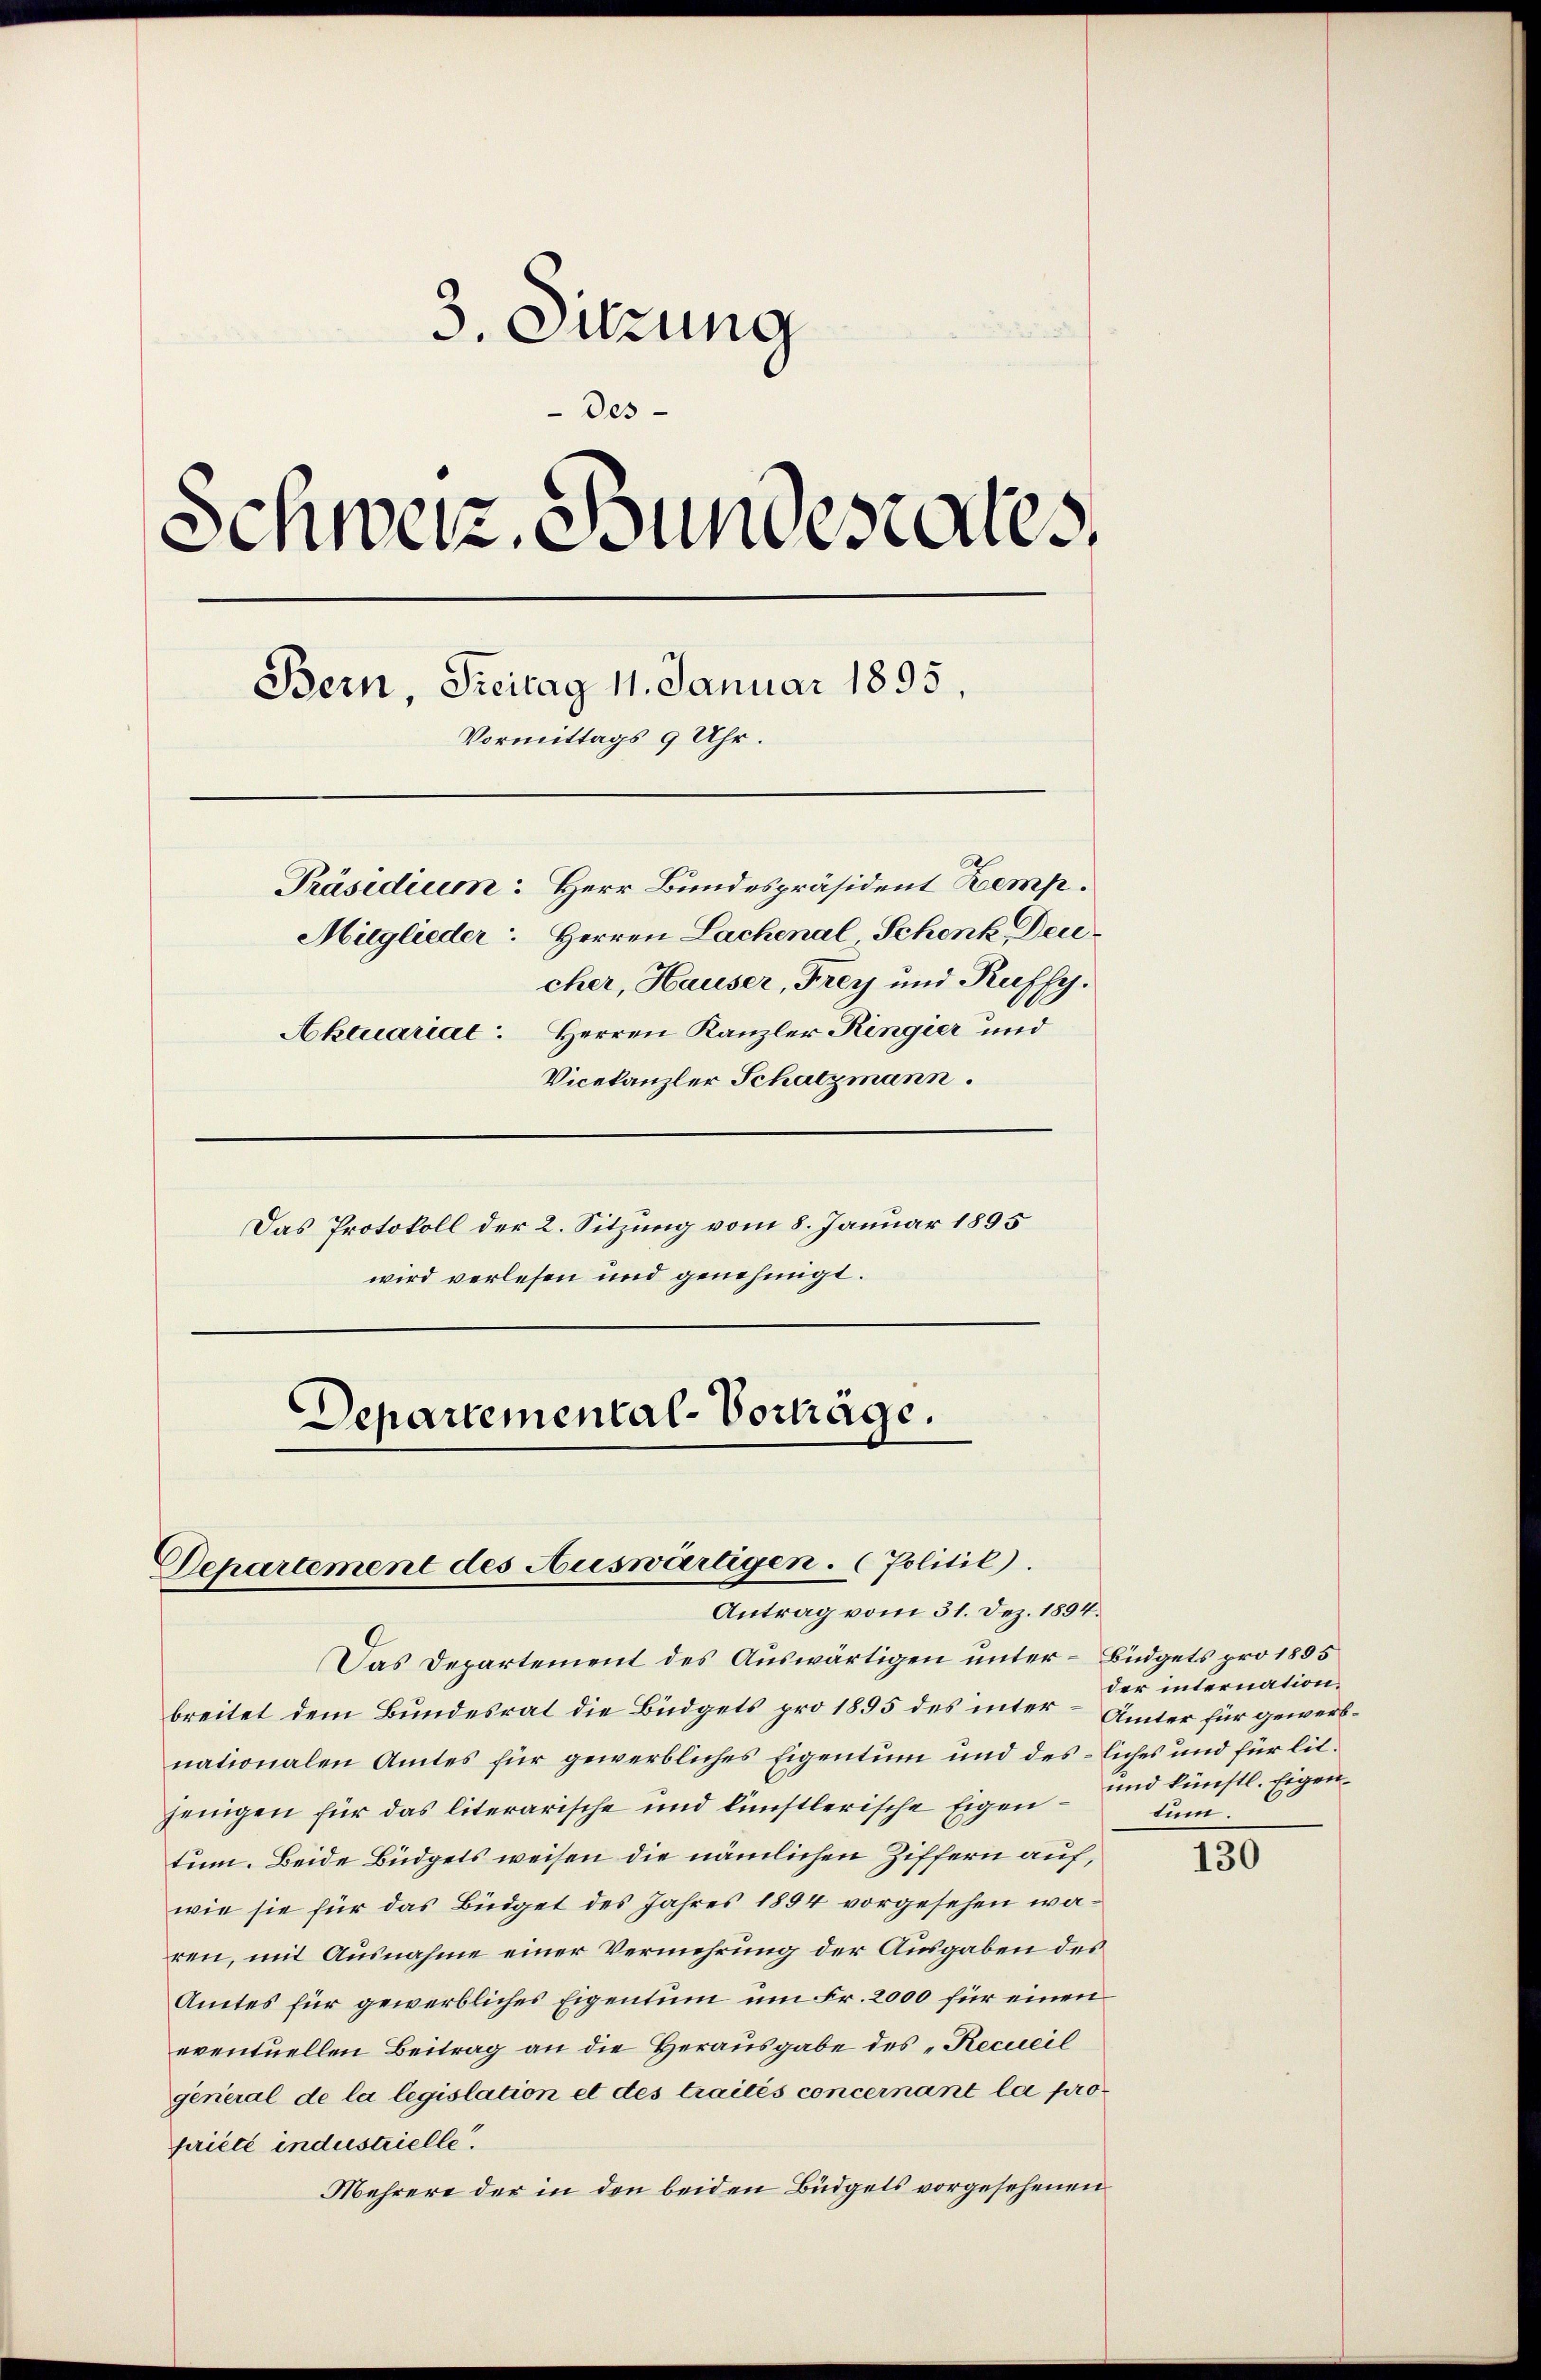
3. Sitzung
Des
Schweiz. Bundestales,
Bern, Freitag 11. Januar 1895.
Vormittags 9 Uhr.
Präsidium: Herr Bundespräsident Zemp.
Mitglieder: Herren Lachenal Schenk, Deicher, Hauser, Frey und Ruffy.
Aktuariat: Herren Kanzler Ringier und
Vicekanzler Schatzmann.
Das Protokoll der 2. Sitzung vom 8. Januar 1895
wird verlesen und genehmigt.

Departemental-Vorträge.

Departement des Auswärtigen. (Politil).

Das Departement des Auswärtigen unter- Büdgets pro 1885
breitet dem Bundesrat die Büdgets pro 1895 des inter – Ämter für gewerbnationalen Amtes für gewerbliches Eigentum und des liches und für lit.
jenigen für das literarische und künstlerische Eigentum. Beide Büdgets weisen die nämlichen Ziffern auf,
wie sie für das Büdget des Jahres 1854 vorgesehen wären, mit Ausnahme einer Vermehrung der Ausgaben des
Amtes für gewerbliches Eigentum um Fr. 2000 für einen
eventuellen Beitrag an die Herausgabe des „Recueil
general de la legislation et des traités concernant la propriété industrielle.
Mehrere der in den beiden Büdgets vorgesehenen

Antrag vom 31. Dez. 1894.

der internation.
und künstl. Eigentum.

130